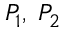
P _ { 1 } , \; P _ { 2 }